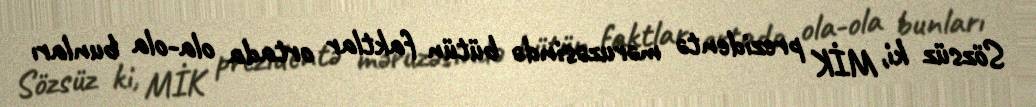
Sözsüz ki, MİK prezidentə məruzəsində bütün faktlar ortada ola-ola bunları